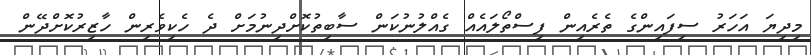
މިދިޔަ އަހަރު ސިފައިންގެ ތެރެއިން ފިސްތޯލައެއް ގެއްލުނުކަން ސާބިތުކޮށްދިނުމަށް ދެ ހެކިވެރިން ހާޒިރުކޮށްދޭން